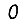
Digit: 0